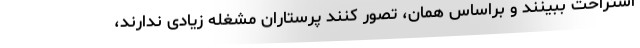
استراحت ببینند و براساس همان، تصور کنند پرستاران مشغله زیادی ندارند،